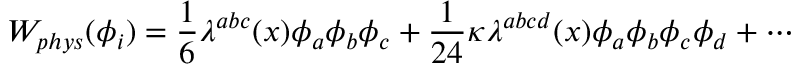
W _ { p h y s } ( \phi _ { i } ) = \frac { 1 } { 6 } \lambda ^ { a b c } ( x ) \phi _ { a } \phi _ { b } \phi _ { c } + \frac { 1 } { 2 4 } \kappa \lambda ^ { a b c d } ( x ) \phi _ { a } \phi _ { b } \phi _ { c } \phi _ { d } + \cdots